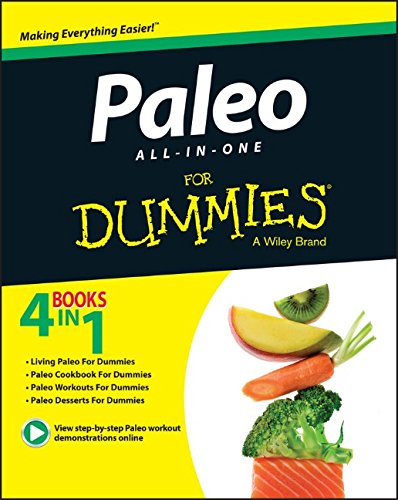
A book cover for Paleo All-In-One For Dummies; Kellyann Petrucci; Health, Fitness & Dieting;